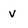
Character: v